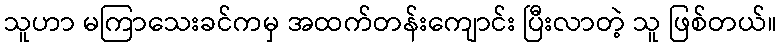
သူဟာ မကြာသေးခင်ကမှ အထက်တန်းကျောင်း ပြီးလာတဲ့ သူ ဖြစ်တယ်။